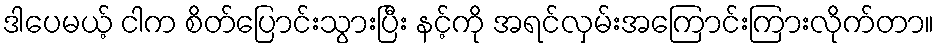
ဒါပေမယ့် ငါက စိတ်ပြောင်းသွားပြီး နင့်ကို အရင်လှမ်းအကြောင်းကြားလိုက်တာ။